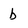
Character: b